Lunatic asylums Punjab 1868-1880 - 1868-1880
Year: 1868
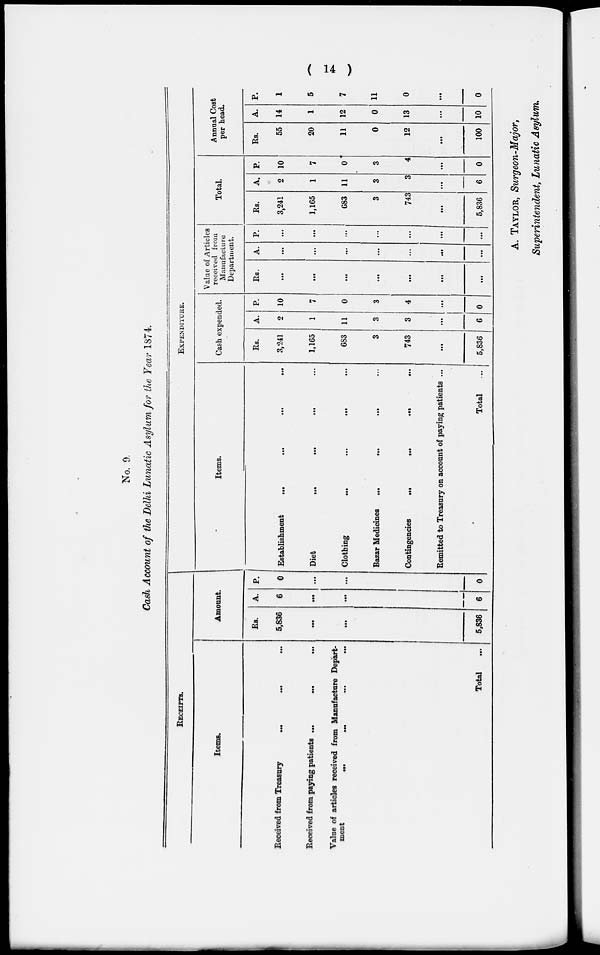
( 14 )
No. 9.
Cash Account of the Delhi Lunatic Asylum for the Year 1874.
RECEIPTS.
Items.
Received from Treasury
...
Received from paying patients
...
...
Value of articles received from Manufacture Depart-
ment ... ... ... ...
Total ...
Amount.
Rs.
5,836
...
...
5,836
A.
6
...
...
6
P.
0
...
...
0
Items.
Establishment
...
...
...
...
Diet
...
...
...
...
Clothing
...
...
...
...
Bazar Medicines
...
...
...
...
Contingencies
...
...
...
...
Remitted to Treasury on account of paying patients ...
Total ...
EXPENDITURE.
Cash expended.
Rs.
3,241
1,165
6S3
3
743
...
5,836
A.
2
1
11
3
3
...
6
P.
10
7
0
3
4
...
0
Value of Articles
received from
Manufacture
Department,
Rs.
...
...
...
...
...
...
...
A.
...
...
...
...
...
...
...
P.
...
...
...
...
...
...
...
Total.
Rs.
3,241
1,165
683
3
743
...
5,836
A.
2
1
11
3
3
...
6
P.
10
7
0
3
4
...
0
Annual Cost
per head.
Rs.
55
20
11
0
12
...
100
A.
14
1
12
0
13
...
10
P.
1
5
7
11
0
...
0
A. TAYLOR, Surgeon-Major,
Superintendent, Lunatic Asylum.